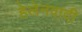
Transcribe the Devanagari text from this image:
हेलेनवादी